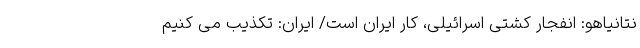
نتانیاهو: انفجار کشتی اسرائیلی، کار ایران است/ ایران: تکذیب می کنیم